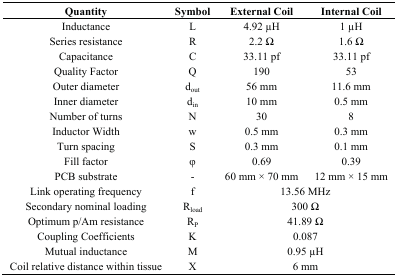
<table><thead><tr><td><b>Quantity</b></td><td><b>Symbol</b></td><td><b>External Coil</b></td><td><b>Internal Coil</b></td></tr></thead><tbody><tr><td>Inductance</td><td>L</td><td>4.92 μH</td><td>1 μH</td></tr><tr><td>Series resistance</td><td>R</td><td>2.2 Ω</td><td>1.6 Ω</td></tr><tr><td>Capacitance</td><td>C</td><td>33.11 pf</td><td>33.11 pf</td></tr><tr><td>Quality Factor</td><td>Q</td><td>190</td><td>53</td></tr><tr><td>Outer diameter</td><td>d<sub>out</sub></td><td>56 mm</td><td>11.6 mm</td></tr><tr><td>Inner diameter</td><td>d<sub>in</sub></td><td>10 mm</td><td>0.5 mm</td></tr><tr><td>Number of turns</td><td>N</td><td>30</td><td>8</td></tr><tr><td>Inductor Width</td><td>w</td><td>0.5 mm</td><td>0.3 mm</td></tr><tr><td>Turn spacing</td><td>S</td><td>0.3 mm</td><td>0.1 mm</td></tr><tr><td>Fill factor</td><td>φ</td><td>0.69</td><td>0.39</td></tr><tr><td>PCB substrate</td><td>-</td><td>60 mm × 70 mm</td><td>12 mm × 15 mm</td></tr><tr><td>Link operating frequency</td><td>f</td><td colspan="2">13.56 MHz</td></tr><tr><td>Secondary nominal loading</td><td>R<sub>load</sub></td><td colspan="2">300 Ω</td></tr><tr><td>Optimum p/Am resistance</td><td>R<sub>P</sub></td><td colspan="2">41.89 Ω</td></tr><tr><td>Coupling Coefficients</td><td>K</td><td colspan="2">0.087</td></tr><tr><td>Mutual inductance</td><td>M</td><td colspan="2">0.95 μH</td></tr><tr><td>Coil relative distance within tissue</td><td>X</td><td colspan="2">6 mm</td></tr></tbody></table>